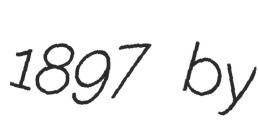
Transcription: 1897 by